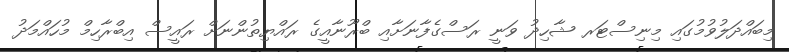
މިބައްދަލުވުމުގައި މިނިސްޓަރ ޝާހިދު ވަނީ ރަސްގެފާނަށާއި ބްރޫނާއީގެ ރައްޔިތުންނަށް ރައީސް އިބްރާހިމް މުހައްމަދު